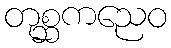
တုစ္ဆကညေဝ